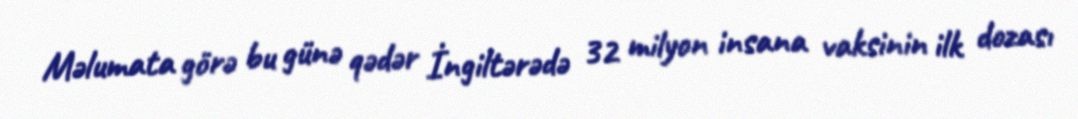
Məlumata görə bu günə qədər İngiltərədə 32 milyon insana vaksinin ilk dozası